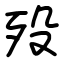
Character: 殁